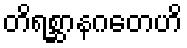
တိရစ္ဆာနဂတေဟိ